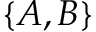
\{ A , B \}